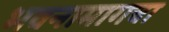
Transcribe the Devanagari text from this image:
भवनामागचा